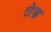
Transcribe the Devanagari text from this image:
चेन्न